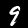
Digit: 9